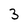
Character: 3